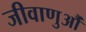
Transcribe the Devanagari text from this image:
जीवाणुऔं